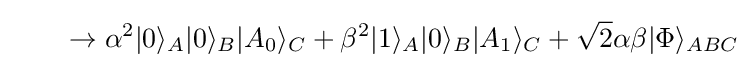
\qquad \rightarrow \alpha ^{2}|0\rangle _{A}|0\rangle _{B}|A_{0}\rangle _{C}+\beta ^{2}|1\rangle _{A}|0\rangle _{B}|A_{1}\rangle _{C}+{\sqrt {2}}\alpha \beta |\Phi \rangle _{ABC}